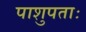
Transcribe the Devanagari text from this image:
पाशुपताः